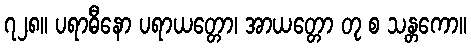
၇၂၈။ ပရာဓီနော ပရာယတ္တော၊ အာယတ္တော တု စ သန္တကော။